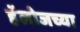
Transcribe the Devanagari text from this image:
हॅलोजच्या